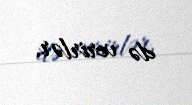
də verirlər.